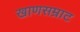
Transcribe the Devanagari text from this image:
खाणसम्राट